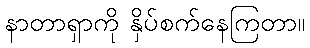
နာတာရှာကို နှိပ်စက်နေကြတာ။